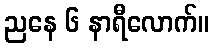
ညနေ ၆ နာရီလောက်။